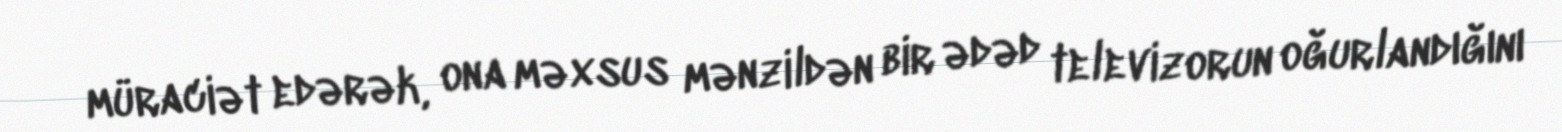
müraciət edərək, ona məxsus mənzildən bir ədəd televizorun oğurlandığını